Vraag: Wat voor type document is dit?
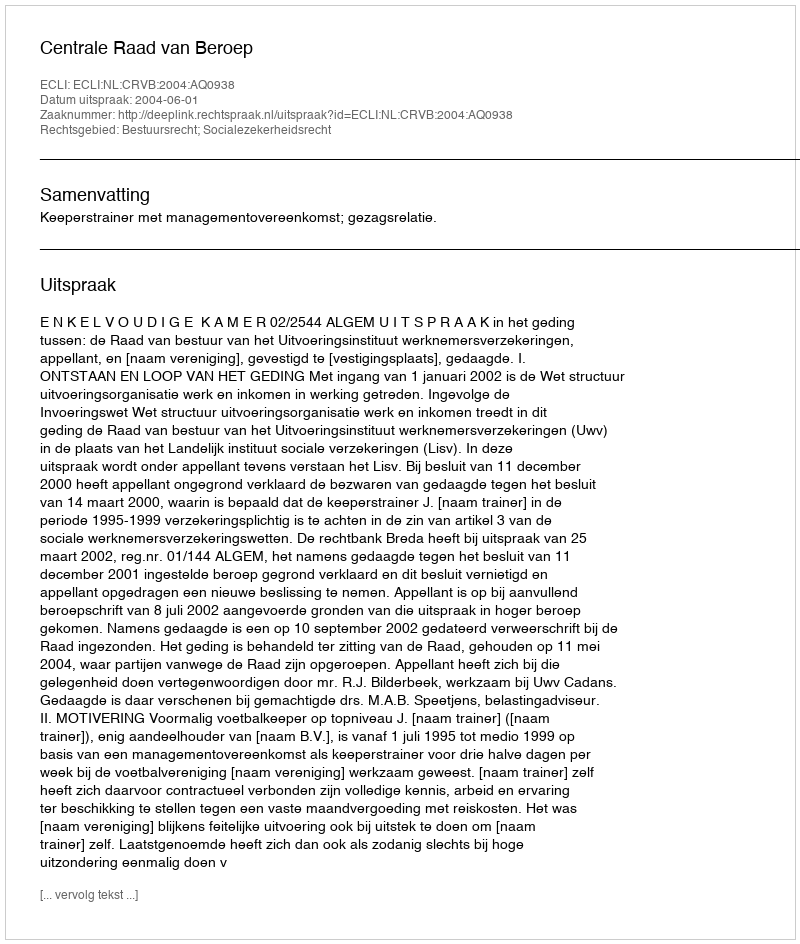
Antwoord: Uitspraak